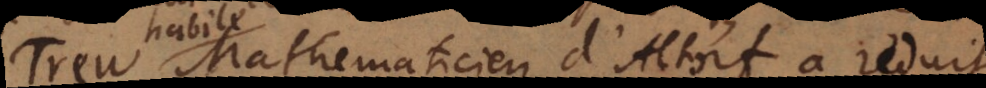
Trew, Mathematicien d’Altorf a reduit